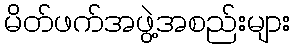
မိတ်ဖက်အဖွဲ့အစည်းများ